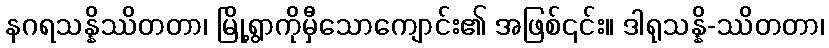
နဂရသန္နိဿိတတာ၊ မြို့ရွာကိုမှီသောကျောင်း၏ အဖြစ်၎င်း။ ဒါရုသန္နိ-ဿိတတာ၊